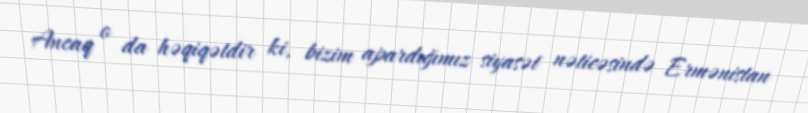
Ancaq o da həqiqətdir ki, bizim apardığımız siyasət nəticəsində Ermənistan